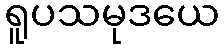
ရူပသမုဒယေ